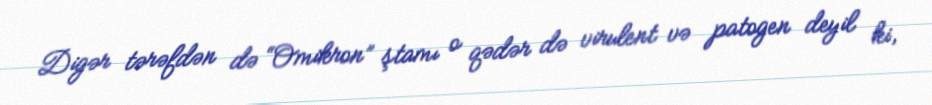
Digər tərəfdən də “Omikron” ştamı o qədər də virulent və patogen deyil ki,